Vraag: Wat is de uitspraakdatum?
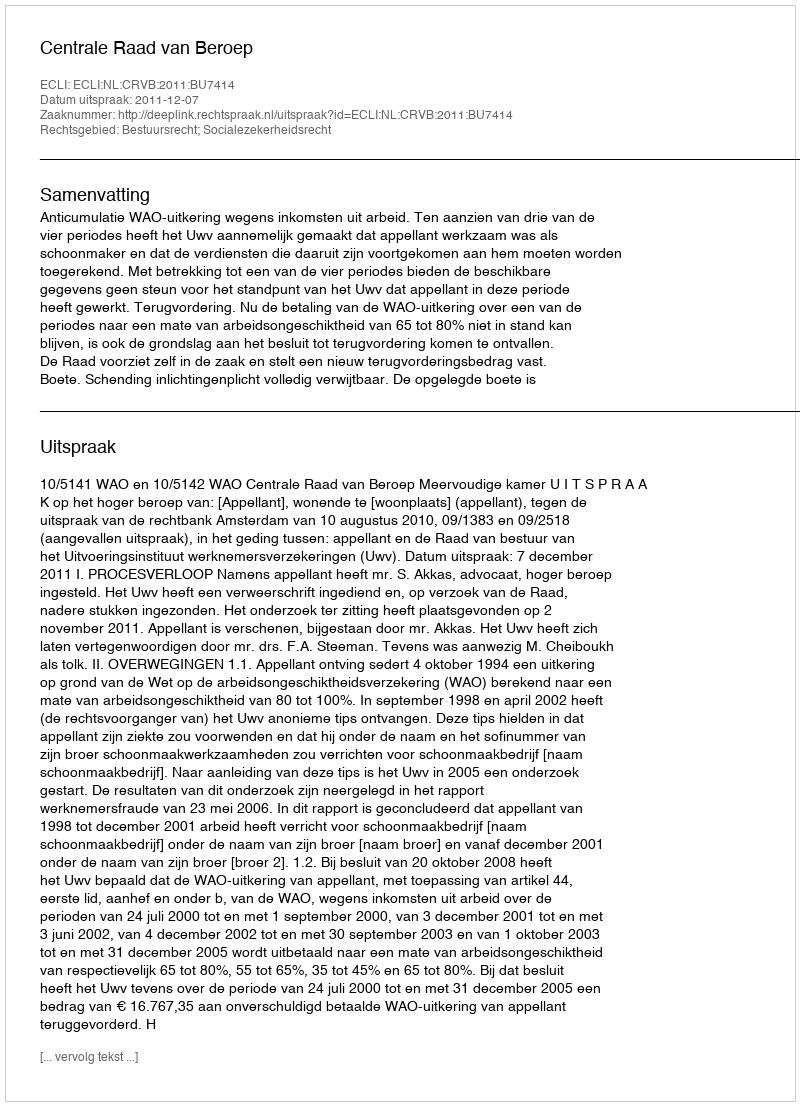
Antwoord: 2011-12-07